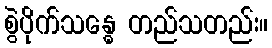
စွဲပိုက်သန္ဓေ တည်သတည်း။